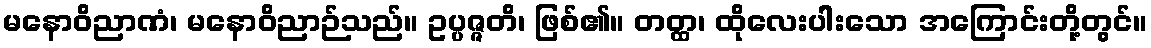
မနောဝိညာဏံ၊ မနောဝိညာဉ်သည်။ ဥပ္ပဇ္ဇတိ၊ ဖြစ်၏။ တတ္ထ၊ ထိုလေးပါးသော အကြောင်းတို့တွင်။